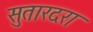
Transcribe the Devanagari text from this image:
सुतारदरा